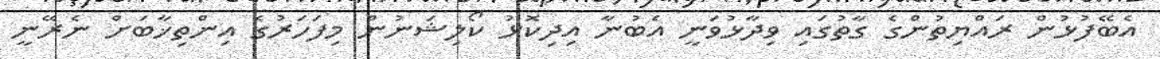
އެބޭފުޅުން ރައްޔިތުންގެ ގާތުގައި ވިދާޅުވަނީ އެބުނާ އިދިކޮޅު ކޯލިޝަނުން މިފަހަރުގެ އިންތިޚާބަށް ނެރޭނީ